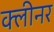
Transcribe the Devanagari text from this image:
क्‍लीनर